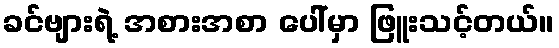
ခင်ဗျားရဲ့ အစားအစာ ပေါ်မှာ ဖြူးသင့်တယ်။